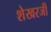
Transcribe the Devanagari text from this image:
शेखरजी